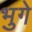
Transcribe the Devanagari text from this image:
भुगे